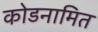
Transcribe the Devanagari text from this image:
कोडनामित